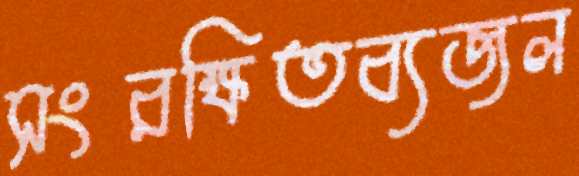
সংরক্ষিতব্যজল